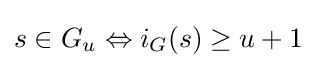
s\in G_{u}\Leftrightarrow i_{G}(s)\geq u+1